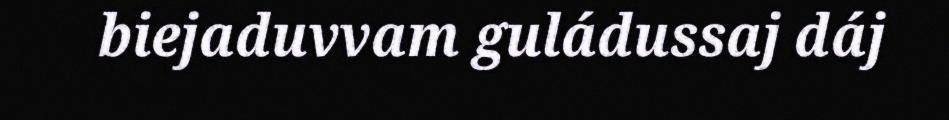
biejaduvvam guládussaj dáj